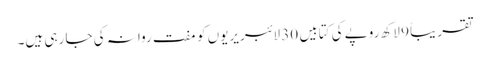
تقریباً 9 لاکھ روپے کی کتابیں 30 لائبریریوں کو مفت روانہ کی جا رہی ہیں۔